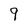
Character: 9